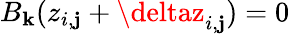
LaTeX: B_{\mathbf{k}}(z_{i,\mathbf{j}}+\deltaz_{i,\mathbf{j}})=0